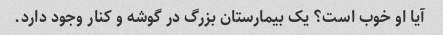
آیا او خوب است؟ یک بیمارستان بزرگ در گوشه و کنار وجود دارد.